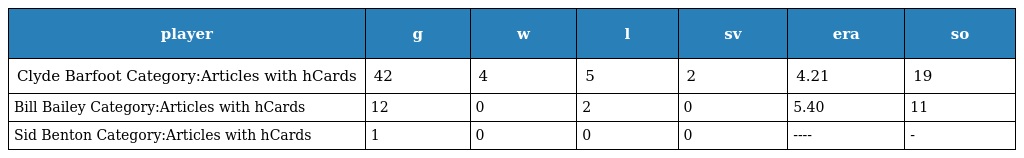
| player | g | w | l | sv | era | so |
 | --- | --- | --- | --- | --- | --- | --- |
 | Clyde Barfoot Category:Articles with hCards | 42 | 4 | 5 | 2 | 4.21 | 19 |
 | Bill Bailey Category:Articles with hCards | 12 | 0 | 2 | 0 | 5.40 | 11 |
 | Sid Benton Category:Articles with hCards | 1 | 0 | 0 | 0 | ---- | - |